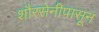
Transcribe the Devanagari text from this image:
शौरसेनीपासून